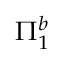
\Pi _ { 1 } ^ { b }